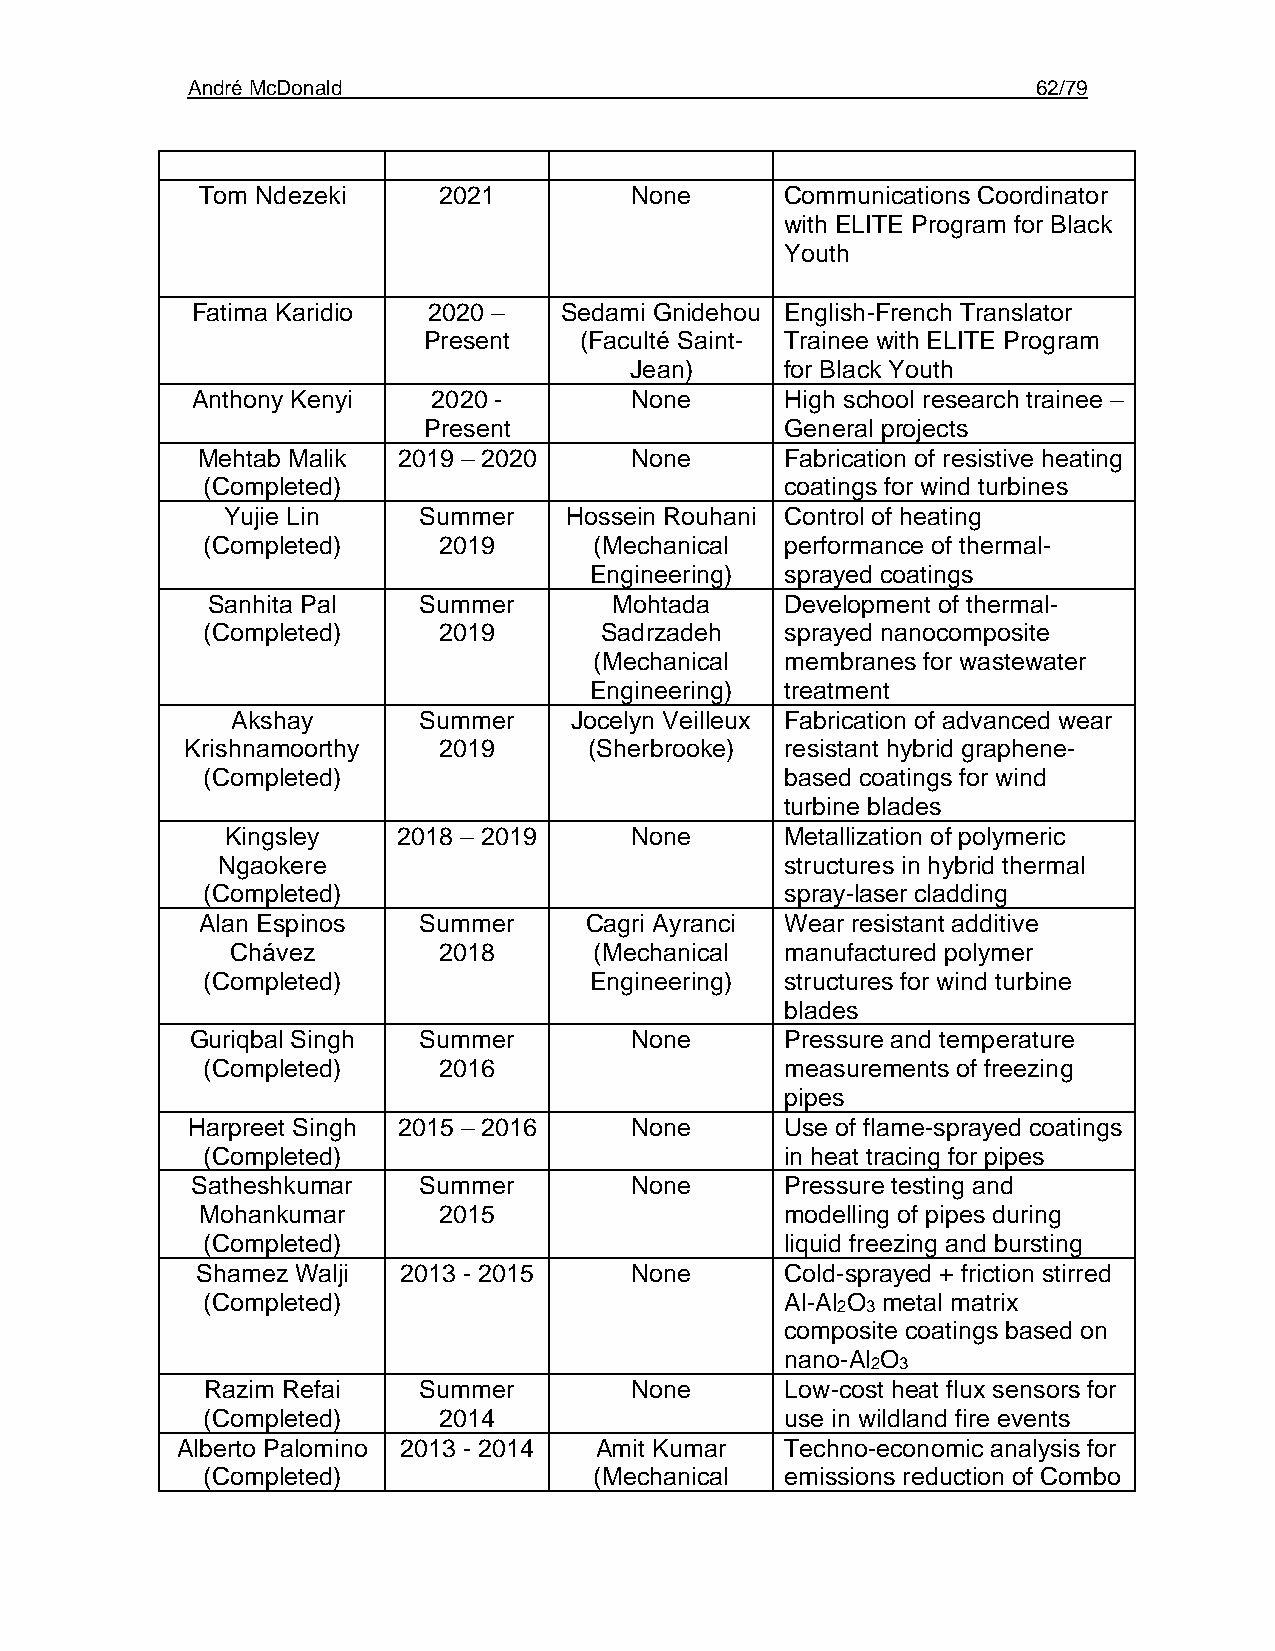
André McDonald                                           62/79
 Tom Ndezeki     2021         None      Communications Coordinator
 with ELITE Program for Black
 Youth
 Fatima Karidio 2020 –   Sedami Gnidehou English-French Translator
 Present   (Faculté Saint- Trainee with ELITE Program
 Jean)     for Black Youth
 Anthony Kenyi   2020 -       None      High school research trainee –
 Present                 General projects
 Mehtab Malik 2019 – 2020     None      Fabrication of resistive heating
 (Completed)                            coatings for wind turbines
 Yujie Lin    Summer   Hossein Rouhani Control of heating
 (Completed)     2019      (Mechanical  performance of thermal-
 Engineering) sprayed coatings
 Sanhita Pal   Summer       Mohtada    Development of thermal-
 (Completed)     2019       Sadrzadeh   sprayed nanocomposite
 (Mechanical  membranes for wastewater
 Engineering) treatment
 Akshay       Summer    Jocelyn Veilleux Fabrication of advanced wear
 Krishnamoorthy   2019      (Sherbrooke) resistant hybrid graphene-
 (Completed)                            based coatings for wind
 turbine blades
 Kingsley   2018 – 2019     None      Metallization of polymeric
 Ngaokere                              structures in hybrid thermal
 (Completed)                            spray-laser cladding
 Alan Espinos   Summer     Cagri Ayranci Wear resistant additive
 Chávez        2018      (Mechanical  manufactured polymer
 (Completed)               Engineering) structures for wind turbine
 blades
 Guriqbal Singh Summer        None      Pressure and temperature
 (Completed)     2016                   measurements of freezing
 pipes
 Harpreet Singh 2015 – 2016    None      Use of flame-sprayed coatings
 (Completed)                            in heat tracing for pipes
 Satheshkumar   Summer        None      Pressure testing and
 Mohankumar      2015                   modelling of pipes during
 (Completed)                            liquid freezing and bursting
 Shamez Walji 2013 - 2015     None      Cold-sprayed + friction stirred
 (Completed)                            Al-Al O metal matrix
 2 3
 composite coatings based on
 nano-Al O
 2 3
 Razim Refai   Summer        None      Low-cost heat flux sensors for
 (Completed)     2014                   use in wildland fire events
 Alberto Palomino 2013 - 2014 Amit Kumar Techno-economic analysis for
 (Completed)               (Mechanical  emissions reduction of Combo